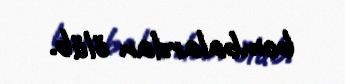
bombalardan ölüb.